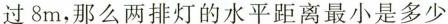
过8m，那么两排灯的水平距离最小是多少